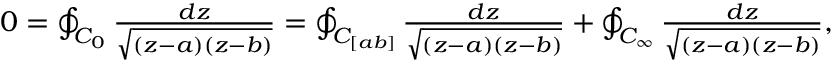
\begin{array} { r } { 0 = \oint _ { C _ { 0 } } \frac { d z } { \sqrt { ( z - a ) ( z - b ) } } = \oint _ { C _ { [ a b ] } } \frac { d z } { \sqrt { ( z - a ) ( z - b ) } } + \oint _ { C _ { \infty } } \frac { d z } { \sqrt { ( z - a ) ( z - b ) } } , } \end{array}